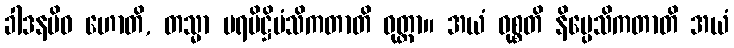
ခါဒနမိဝ ဟောတိ, တသ္မာ ပရပိဋ္ဌိမံသိကတာတိ ဝုတ္တာ။ အယံ ဝုစ္စတိ နိပ္ပေသိကတာတိ အယံ